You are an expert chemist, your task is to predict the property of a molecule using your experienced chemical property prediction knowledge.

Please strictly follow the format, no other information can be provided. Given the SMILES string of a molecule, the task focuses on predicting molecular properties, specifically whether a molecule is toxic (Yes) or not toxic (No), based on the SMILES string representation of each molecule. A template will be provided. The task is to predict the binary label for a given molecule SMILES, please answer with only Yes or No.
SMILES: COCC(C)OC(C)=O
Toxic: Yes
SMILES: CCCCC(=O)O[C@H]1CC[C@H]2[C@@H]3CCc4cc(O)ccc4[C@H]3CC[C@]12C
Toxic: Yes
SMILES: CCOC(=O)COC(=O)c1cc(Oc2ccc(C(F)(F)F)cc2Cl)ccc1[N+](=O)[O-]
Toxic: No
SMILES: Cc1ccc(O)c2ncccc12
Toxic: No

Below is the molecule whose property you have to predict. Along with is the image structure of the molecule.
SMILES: CC1(C)NC(=O)NC1=O
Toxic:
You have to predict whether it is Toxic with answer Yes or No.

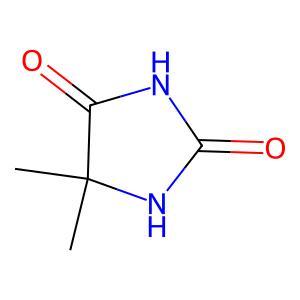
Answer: No